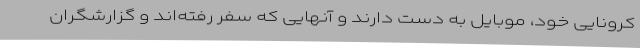
کرونایی خود، موبایل به دست دارند و آنهایی که سفر رفته‌اند و گزارشگران